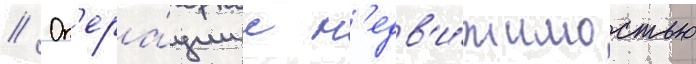
// Оп'ера́ции с н'едв'и́жимостью